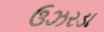
ઉઝરડા